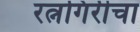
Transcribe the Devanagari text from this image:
रत्नगिरीचा